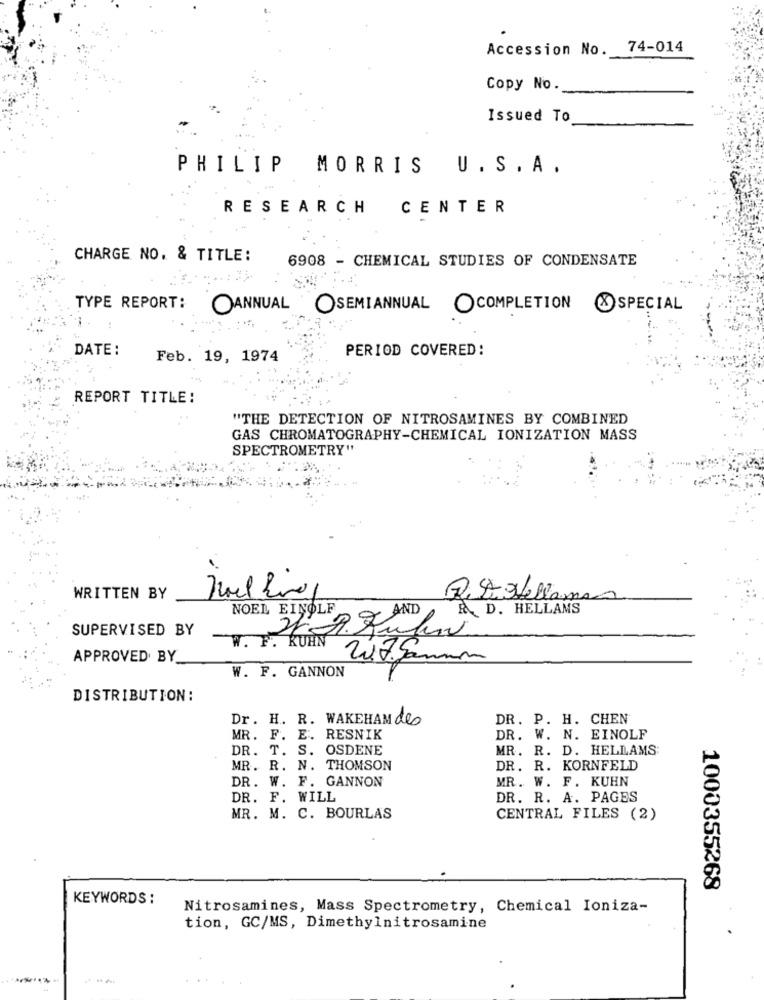
Accession No. 74-014
Copy No.
Issued To
PHILIP
MORRIS U.S.A.
RESEARCH
CENTER
CHARGE NO. & TITLE:
6908 - CHEMICAL STUDIES OF CONDENSATE
TYPE REPORT:
OANNUAL OSEMIANNUAL OCOMPLETION &SPECIAL
DATE:
PERIOD COVERED:
Feb. 19, 1974
REPORT TITLE:
"THE DETECTION OF NITROSAMINES BY COMBINED
GAS CHROMATOGRAPHY-CHEMICAL IONIZATION MASS
SPECTROMETRY"
WRITTEN BY
REStella
NOEL EINOLF
RD. HELLAMS
21-2.7 AND
SUPERVISED BY
W. F. KUHN
APPROVED BY
W. F. GANNON
DISTRIBUTION:
Dr. H. R. WAKEHAM des
DR. P. H. CHEN
MR. F. E. RESNIK
DR. W. N. EINOLF
DR. T. S. OSDENE
MR. R. D. HELLAMS
MR. R. N. THOMSON
DR.
R. KORNFELD
DR. W. F. GANNON
MR. W. F. KUHN
DR. F. WILL
DR. R. A. PAGES
MR. M. C. BOURLAS
CENTRAL FILES (2)
1000355268
KEYWORDS :
Nitrosamines, Mass Spectrometry, Chemical Ioniza-
tion, GC/MS, Dimethylnitrosamine